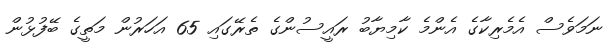
ނަމަވެސް އެމެރިކާގެ އެންމެ ކާމިޔާބު ރައީސުންގެ ތެރޭގައި 65 އަހަރުން މަތީގެ ބޭފުޅުން